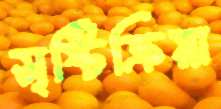
সৃষ্টিক্রিয়া